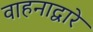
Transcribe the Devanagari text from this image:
वाहनाद्वारे